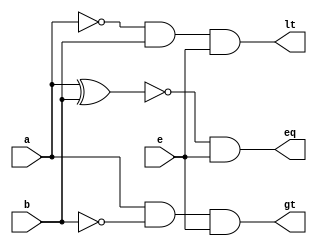
//2-bit comparator 
module comp(input a,b,e,
            output lt,eq,gt);

wire eql,l,g;

xnor g1(eql,a,b);
and  g2(l,~a,b);
and  g3(g,a,~b);
and  g4(eq,eql,e);
and  g5(gt,g,e);
and  g6(lt,l,e);

endmodule